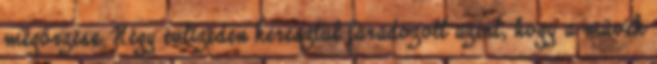
megőrzése. Négy évtizeden keresztül fáradozott azért, hogy a művek